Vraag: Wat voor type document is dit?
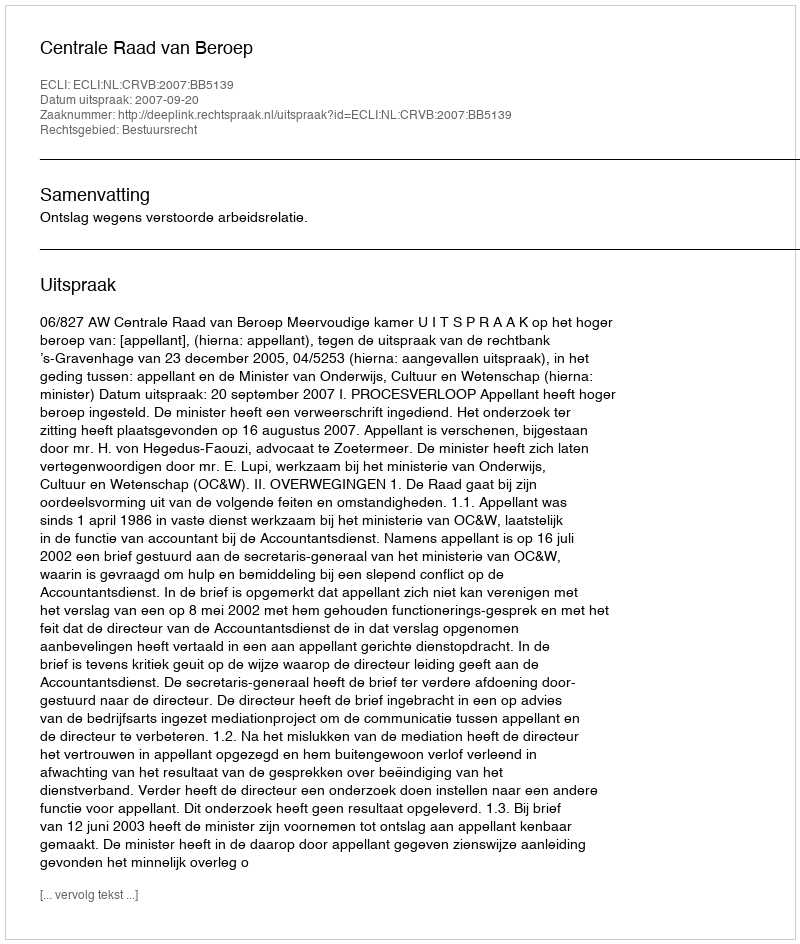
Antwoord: Uitspraak